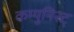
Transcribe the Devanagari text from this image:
कम्युनिस्ट्